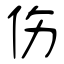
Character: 伤